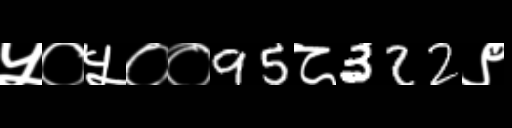
Text: ५०५००95८322९